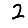
Digit: 2